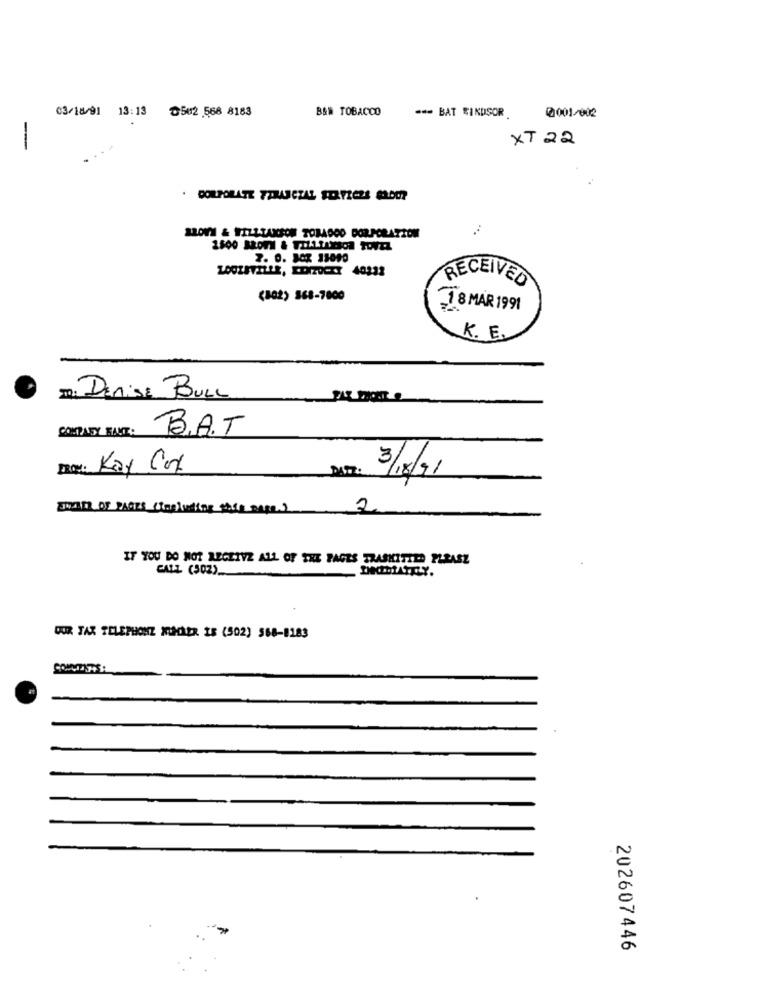
03/18/91 13:13 0502 568 8183
B&R TOBACCO
- BAT WINDSOR
0001/002
XT 22
-
SROV1 & #171-TAXSOM TOBADOO DORPORATION
7. 0. BOX 13090
RECEIVED
(802) 368-7000
18 MAR 1991
K. E.
ID: DERise BULL
COMPANY FAIT:
B.A.T
Dox: Kay Col
3/18/91
WALL OF PAGES Stapleton white caps.)
2
IF YOU DO NOT RECEIVE ALL OF THE PAGES TRASHITTED PLEASE
CALL (302)_
OUR TAX TELEPHONZ XHLER IS (502) 568-8183
202607446